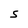
Character: S